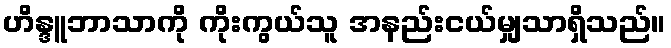
ဟိန္ဒူဘာသာကို ကိုးကွယ်သူ အနည်းငယ်မျှသာရှိသည်။